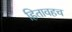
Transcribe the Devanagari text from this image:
हितावहच